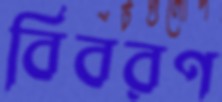
বিবরণ